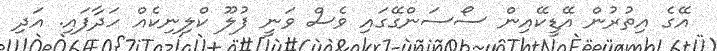
އޭގެ އިތުރުން އޭޑީކޭއިން ސޯސަންގޭގައި ވެސް ވަނީ ފުލޫ ކްލިނިކެއް ހަދާފައި. އަދި